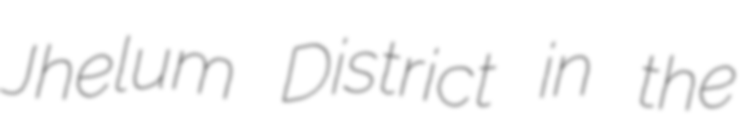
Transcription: Jhelum District in the